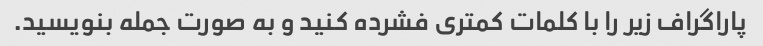
پاراگراف زیر را با کلمات کمتری فشرده کنید و به صورت جمله بنویسید.